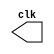
// ------------------------- 
// Exemplo0041  CLOCK
// Nome: julio miranda machado	
// ------------------------- 

// --------------------------- 
// -- test clock generator (1) 
// --------------------------- 
 
module clock ( clk ); 
 output clk; 
 reg      clk; 
 
 initial 
  begin 
   clk = 1'b0; 
  end 
 
 always 
  begin 
   #12 clk = ~clk; 
  end 
 
endmodule // clock ( ) 
 
module Exemplo0041; 
 
 wire  clk; 
 clock CLK1 ( clk ); 
 
 initial begin 
  $dumpfile ( "D:\Meus Documentos\Desktop\Guias\Guia 06\Exemplo0041.vcd" ); 
  $dumpvars; 
 
  #120 $finish; 
 end 
 
endmodule // Exemplo041 ( )